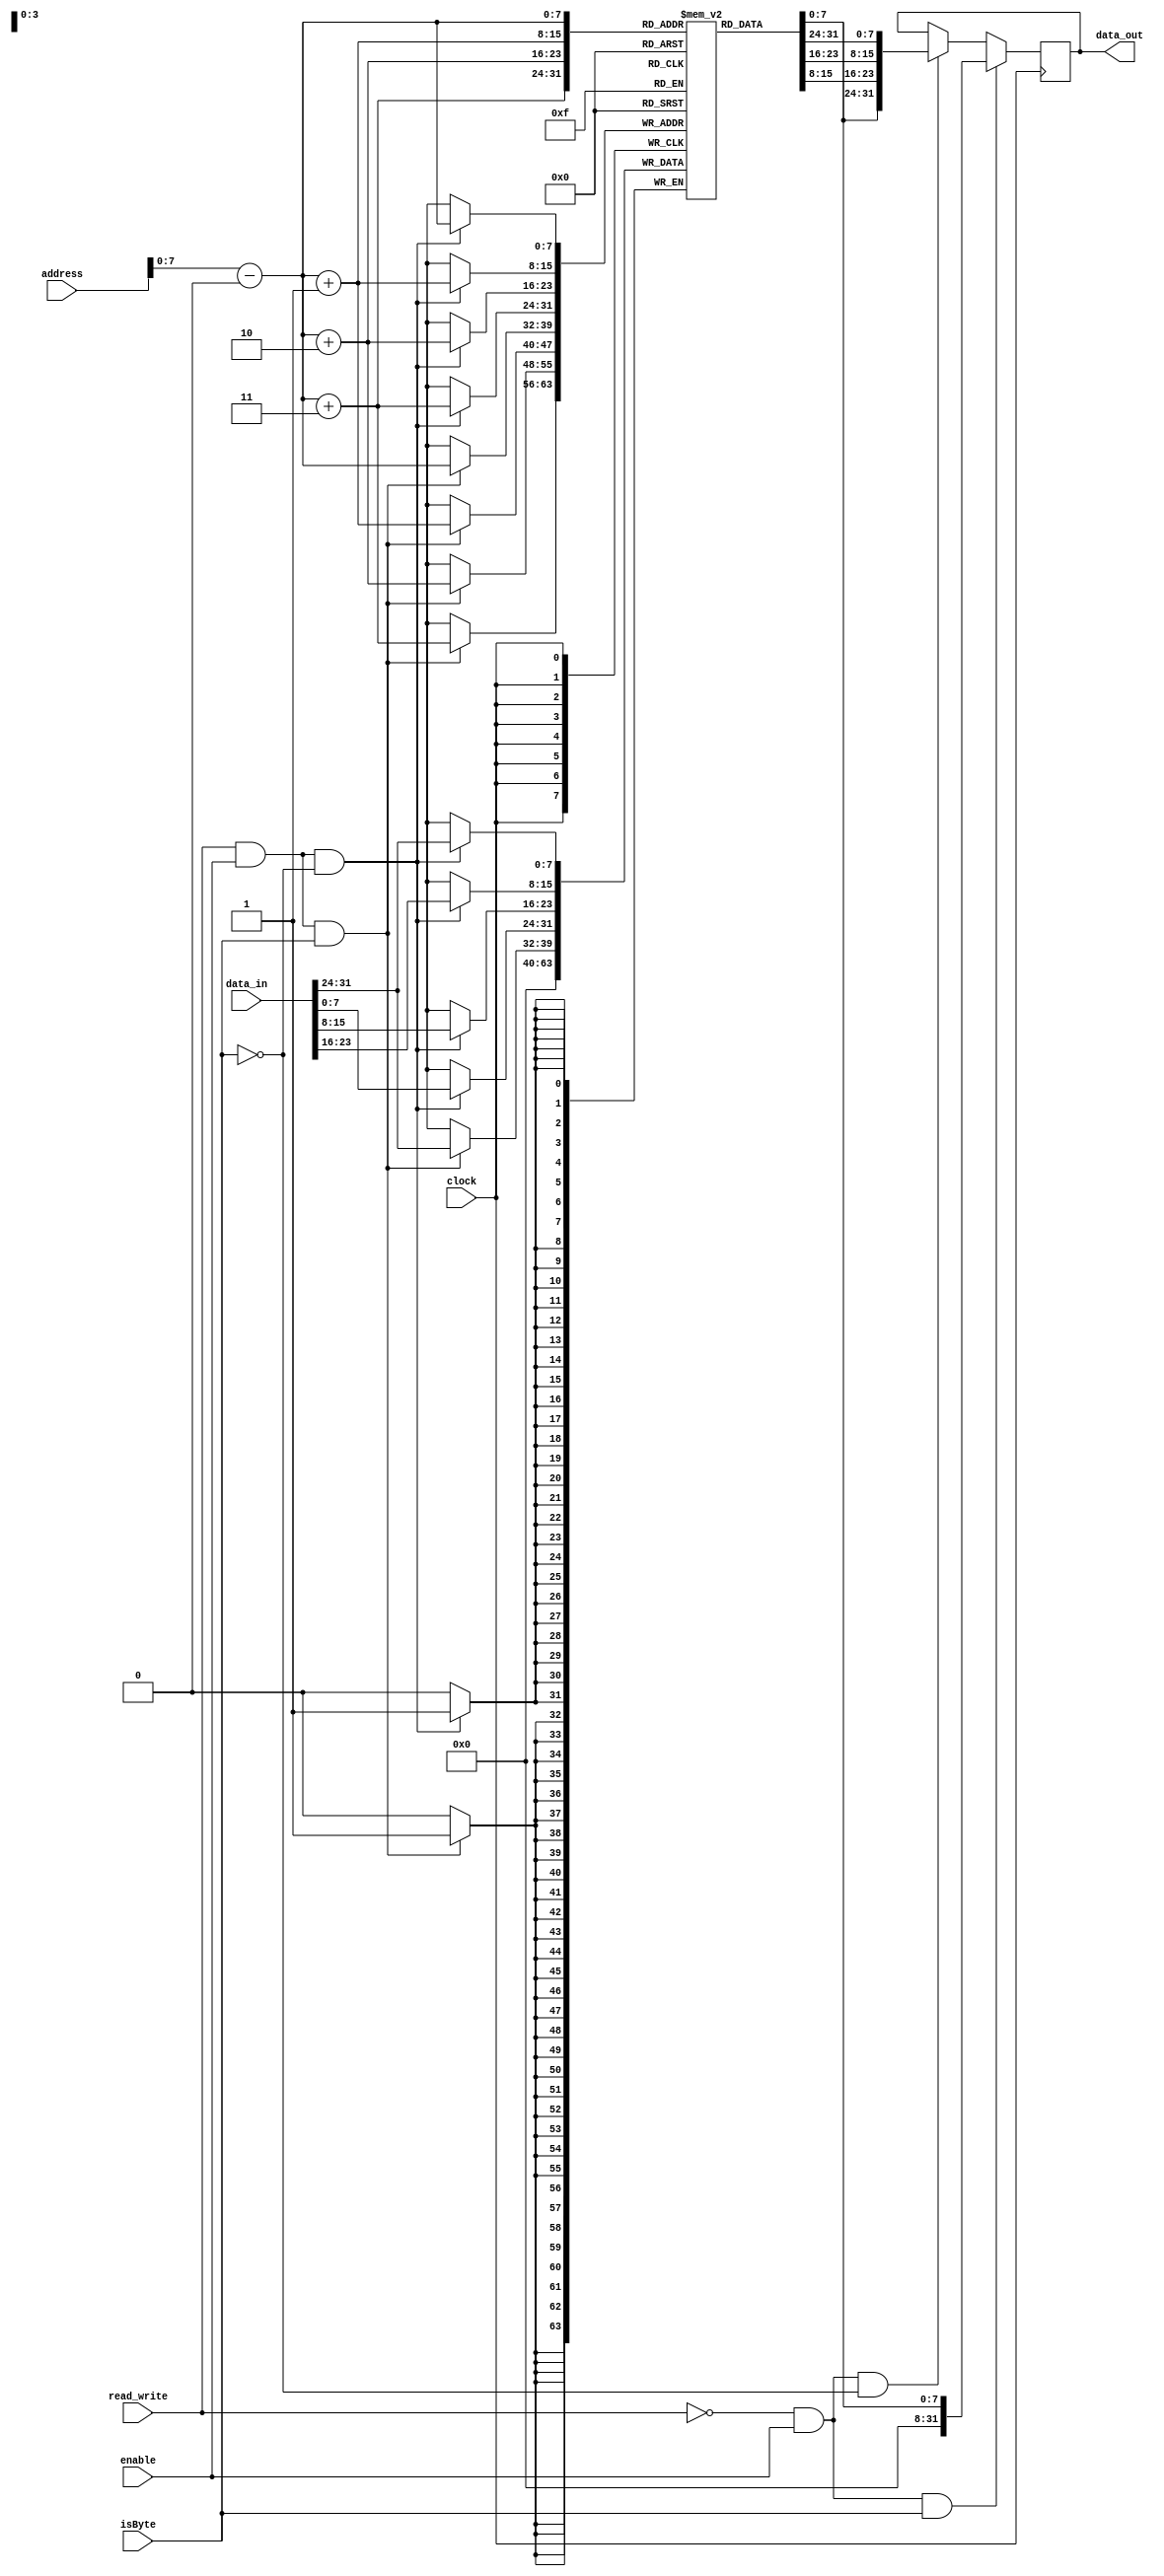
module memory (clock, address, data_in, data_out, read_write, enable, isByte);
	input clock;
	input [31:0] address;
	input [31:0] data_in;
	input isByte;
	output reg [31:0] data_out;
	input read_write;
	input enable;

	reg [7:0] memory[1024/4-1:0];
	reg [31:0]start_address = 32'h80020000;

	always @(posedge clock) begin
		if(read_write & enable & ~isByte) 
			begin
				$display("Writing to memory: %h at location %h", data_in, (address));
				// compute offset address for memory register
				memory[(address-start_address)] <= data_in[31:24];	
				memory[(address-start_address) + 1] <= data_in[23:16];
				memory[(address-start_address) + 2] <= data_in[15:8];
				memory[(address-start_address) + 3] <= data_in[7:0];

			end
		if(read_write & enable & isByte) 
			begin
			  $display("Writing to memory: %h at location %h", data_in, (address));
				// compute offset address for memory register
				memory[(address-start_address)] <= data_in[31:24];	
				memory[(address-start_address) + 1] <= 8'h00;
				memory[(address-start_address) + 2] <= 8'h00;
				memory[(address-start_address) + 3] <= 8'h00;

			end
	end
	
	always @(negedge clock) begin
		if(~read_write & enable & ~isByte)
			begin
				data_out = {memory[(address-start_address)],memory[(address-start_address) + 1],memory[(address-start_address)+ 2],memory[(address-start_address)+3]};
				$display("reading from memory: %h", data_out);
			end
		if(~read_write & enable & isByte)
			begin
				data_out = {memory[(address-start_address)]};
				$display("reading from memory: %h", data_out);
			end
	end


endmodule //memory